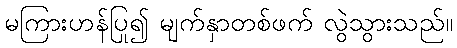
မကြားဟန်ပြု၍ မျက်နှာတစ်ဖက် လွဲသွားသည်။